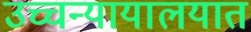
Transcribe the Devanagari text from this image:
उच्चन्यायालयात